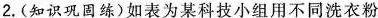
2.(知识巩固练)如表为某科技小组用不同洗衣粉